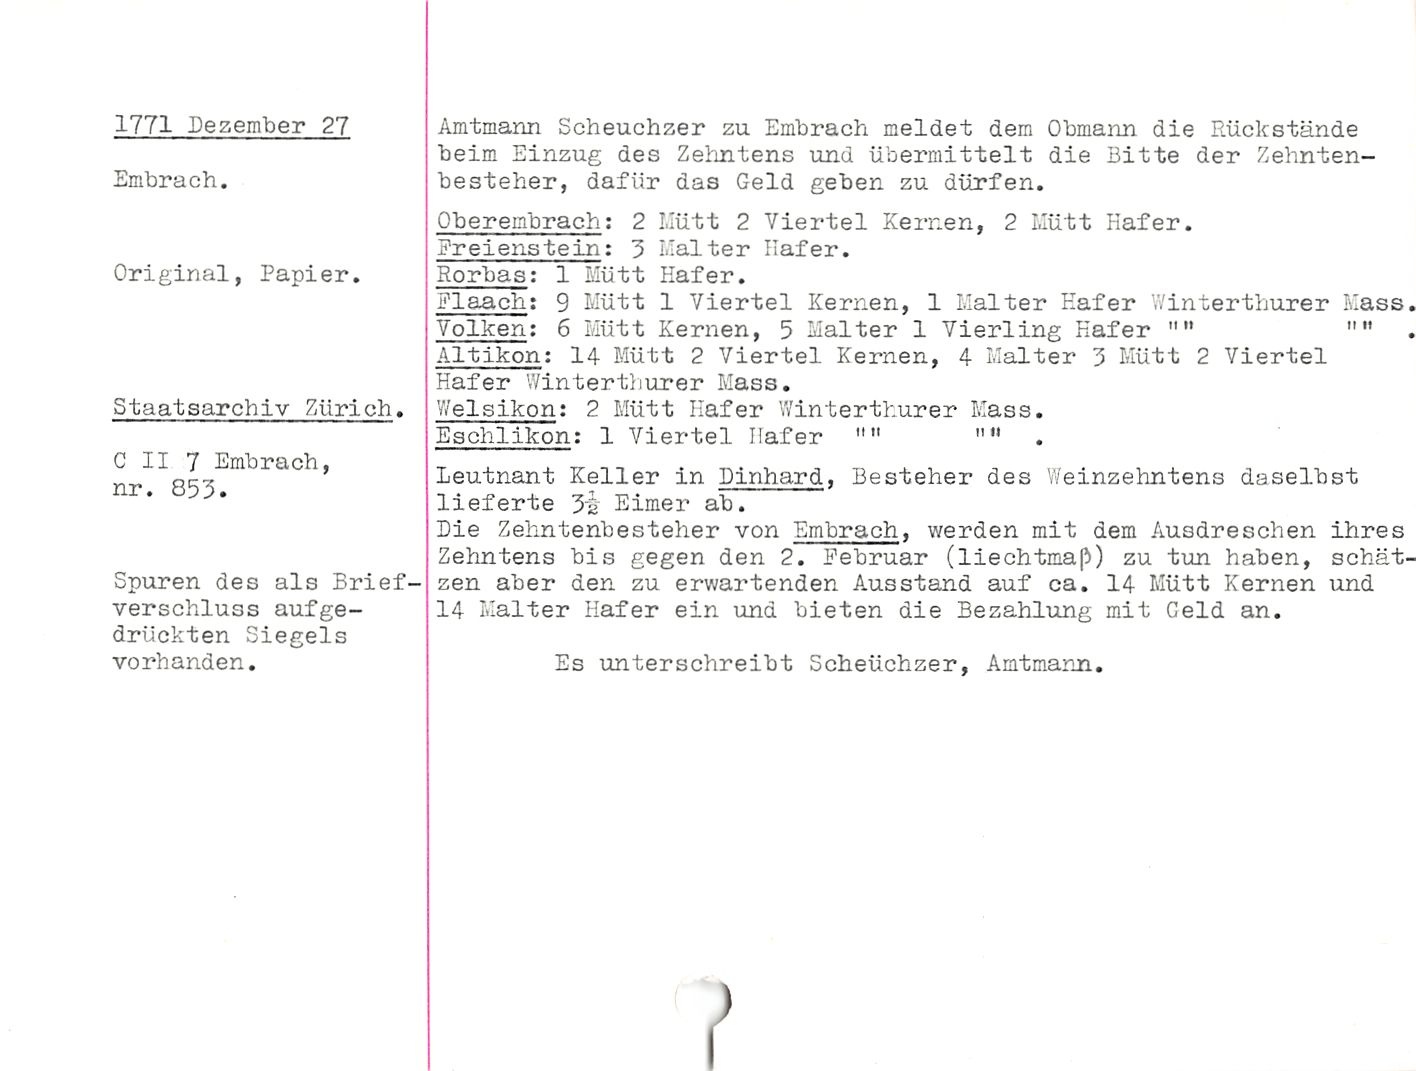
1771 Dezember 27

Embrach.

Original, Papier.

Staatsarchiv Zürich.

C II 7 Embrach,
nr. 853.

Spuren des als Brief¬
verschluss aufge¬
drückten Siegels
vorhanden.

Amtmann Scheuchten zu Embrach meldet dem Obmann die Rückstands
beim Einzug des Zehntens und übermittelt die Bitte der Zehnten-
besteher, dafür das Geld geben zu dürfen.

Ob er einbrach; 2 I.Iütt 2 Viertel Kernen, 2 Mütt Käfer.

Freienstein: 3 Halter Ilafer.

Rorbas: 1 Mütt Hafer.

PIaach; 9 Mütt 1 Viertel Kernen, 1 Malter Käfer Winterthurer Hass
Velken: 6 Mütt Kernen, 5 Malter 1 Vierling Käfer "" ""

Altikon: 14 Mütt 2 Viertel Kernen, 4 Malter 3 Mütt 2 Viertel
Hafer Winterthurer Mass.

Welsikon: 2 Mütt Ilafer Winterthurer Mass.

Eschlikon: 1 Viertel Ilafer "" ""

Leutnant Keller in Einhard, Besteller des Weinzehntens daselbst
lieferte 3i Eimer ab.

Eie Zehntenbesteher von Embrach, werden mit dem Ausdreschen ihres
Zehntens bis gegen den 2. Februar (liechtmaß) zu tun haben, schät
zen aber den zu erwartenden Ausstand auf ca. 14 Mütt Kernen und
14 Malter Hafer ein und bieten die Bezahlung mit Geld an.

Es unterschreibt Scheüchzer, Amtmann.